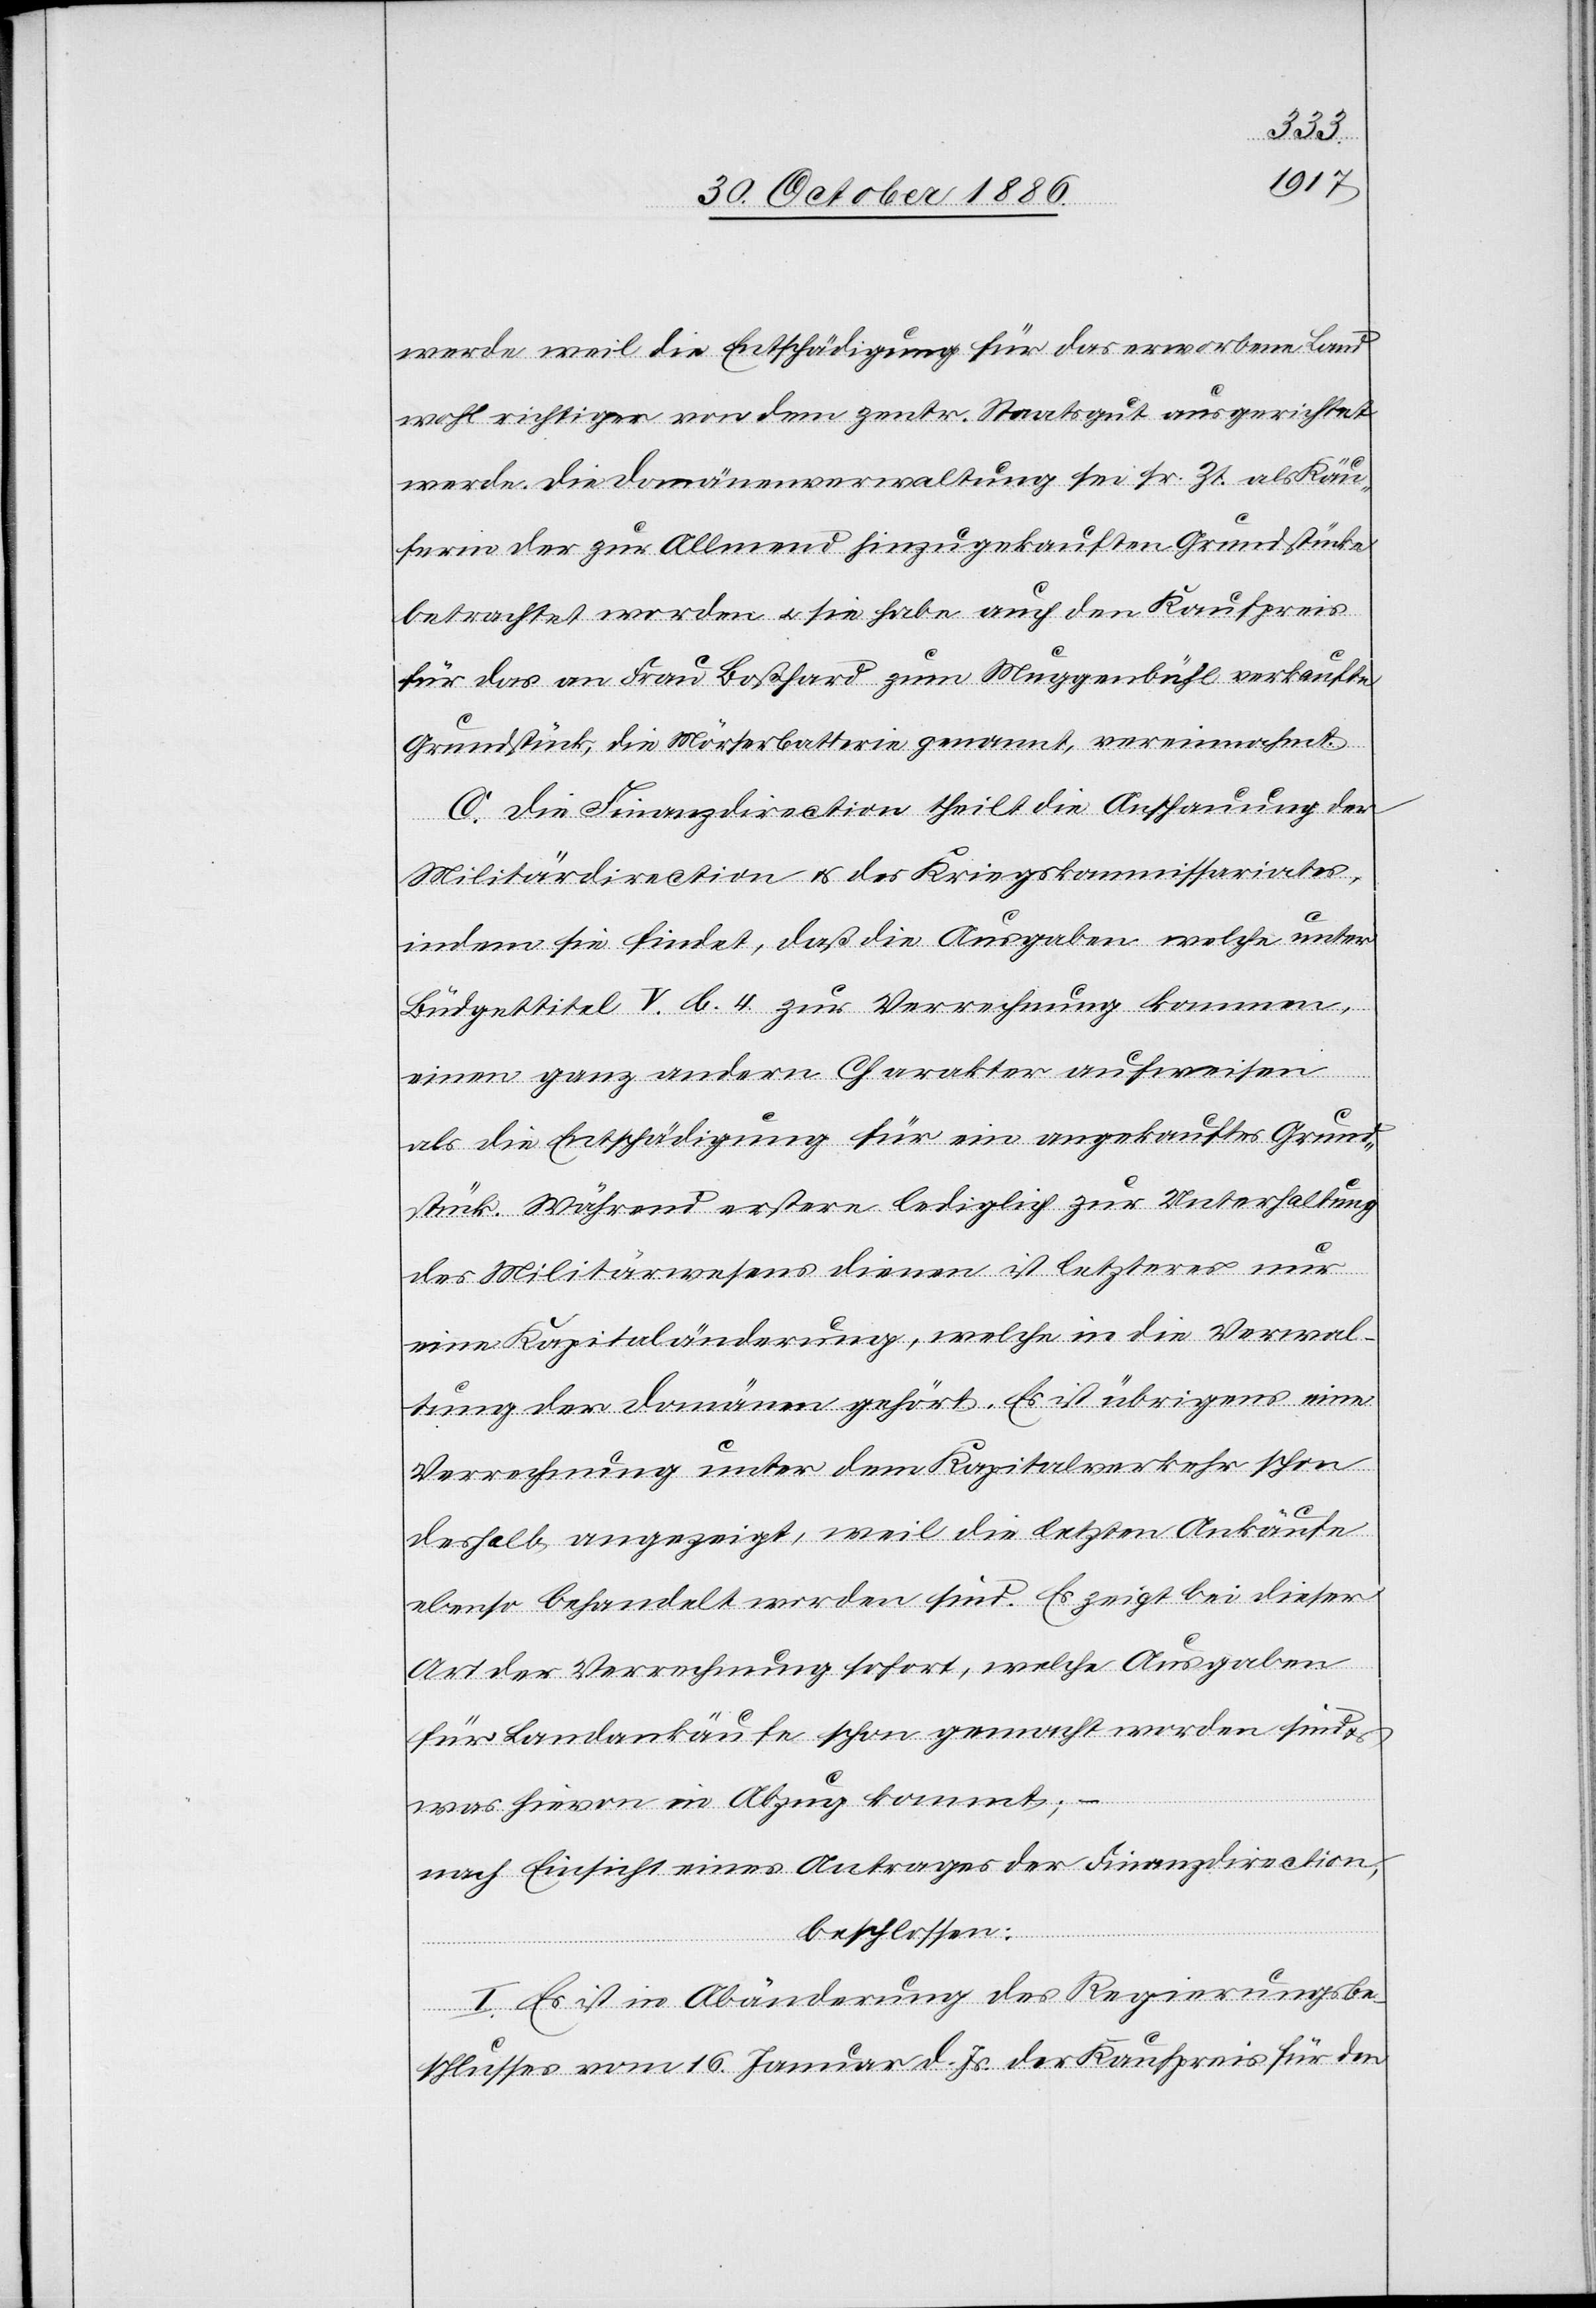
werde weil die Entschädigung für das erworbene Land
wohl richtiger von dem zentr. Staatsgut ausgerichtet
werde. Die Domänenverwaltung sei sr. Zt. als Käu¬
ferin der zur Allmend hinzugekauften Grundstücke
betrachtet worden & sie habe auch den Kaufpreis
für das an Frau Boßhard zum Muggenbühl verkaufte
Grundstück, die Mörserbatterie genannt, vereinnahmt.
C. Die Finanzdirection theilt die Anschauung der
Militärdirection & des Kriegskommissariates,
indem sie findet, daß die Ausgaben welche unter
Büdgettitel V. b. 4. zur Verrechnung kommen,
einen ganz andern Charakter aufweisen
als die Entschädigung für ein angekauftes Grund¬
stück. Während erstere lediglich zur Unterhaltung
des Militärwesens dienen ist letzteres nur
eine Kapitaländerung, welche in die Verwal¬
tung der Domänen gehört. Es ist übrigens eine
Verrechnung unter dem Kapitalverkehr schon
deshalb angezeigt, weil die letzten Ankäufe
ebenso behandelt worden sind. Es zeigt bei dieser
Art der Verrechnung sofort, welche Ausgaben
für Landankäufe schon gemacht worden sind
&
was hievon in Abzug kommt;
nach Einsicht eines Antrages der Finanzdirection,
beschlossen:
I. Es ist in Abänderung des Regierungsbe¬
schlusses vom 16. Januar d. Js. der Kaufpreis für den